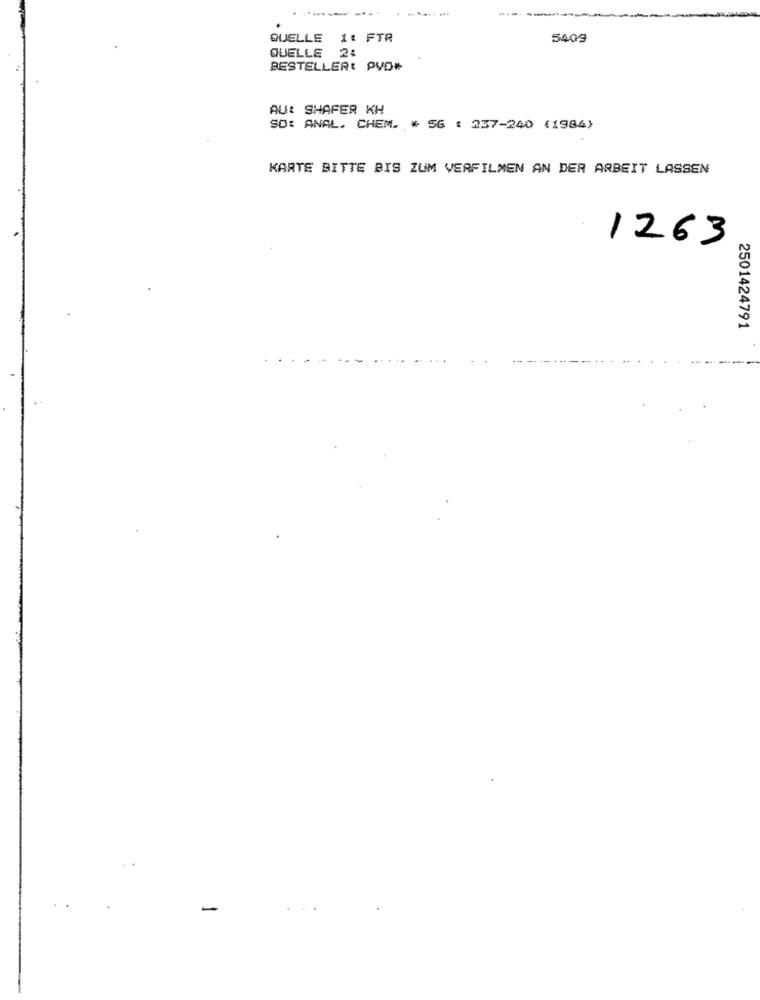
------
QUELLE 1: FTR
5409
QUELLE
BESTELLER: PVD*
AU: SHAFER KH
SO: ANAL. CHEM. * 56 : 237-240 (1984)
KARTE BITTE BIS ZUM VERFILMEN AN DER ARBEIT LASSEN
1263
2501424791